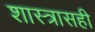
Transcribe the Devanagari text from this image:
शास्त्रासही